Report on sanitation, dispensaries, and jails in Rajputana for 1919, and on vaccination for the year 1919-1920 - 1919-1920
Year: 1919
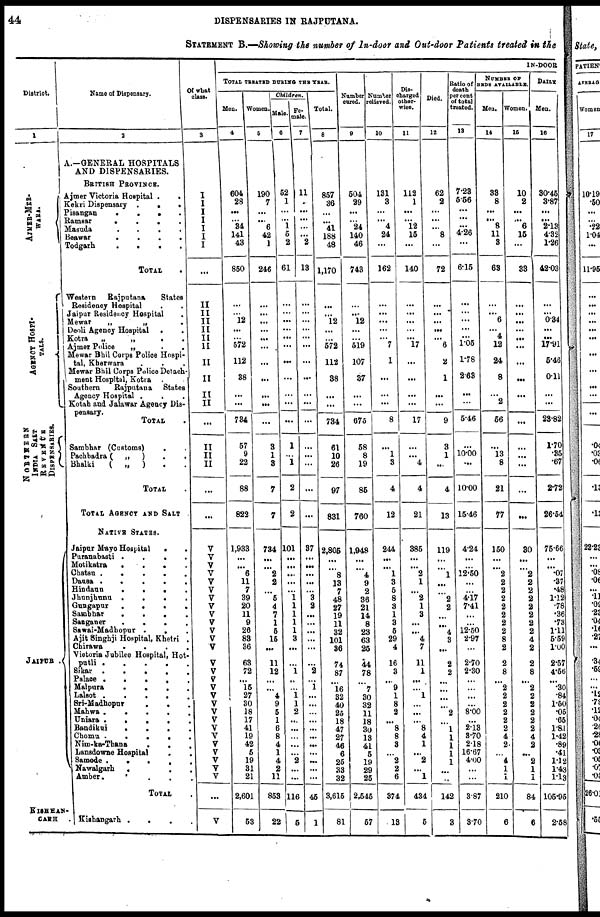
44
DISPENSARIES IN RAJPUTANA.
STATEMENT B.—Showing the number of In-door and Out-door Patients treated in the
District.
1
AJMER-MER-
WARA.
AGENCY HOSPI-
----.
NORTNERN
INDIA SALT
REVENUE
DISPENSARIES.
JAIPUR .
KISHAN-
GARH.
Name of Dispensary.
2
A.—GENERAL HOSPITALS
AND DISPENSARIES.
BRITISH PROVINCE.
Ajmer Victoria Hospital
.
.
Kekri Dispensary
.
.
.
.
Pisangan
.
.
.
.
Ramsar
.
.
.
.
Masuda . . . .
Beawar
.
.
.
.
Todgarh . . . .
TOTAL .
Western
Rajputana
States
Resideney Hospital . .
Jaipur Residency Hospital .
Mewar
„
„
.
Deoli Agency Hospital . .
Kotra
„
„
.
.
Ajmer Police
„ . .
Mewar Bhil Corps Police Hospi-
tal, Kherwara . . .
Mewar Bhil Corps Police Detach-
ment Hospital, Kotra .
Southern
Rajputana
States
Agency Hospital . . .
Kotah and Jalawar Agency Dis-
pensary.
TOTAL .
Sambhar (Customs) . .
Pachbadra (
„
)
.
.
Bhalki
( „
) . .
TOTAL .
TOTAL AGENCY AND SALT
NATIVE STATES.
Jaipur Mayo Hospital
.
.
Puranabasti
.
.
.
.
Motikatra
.
.
.
.
Chatsu
.
.
.
.
Dausa
.
.
.
.
Hindaun
.
.
.
.
Jhanjhunu
.
.
.
Gungapur
.
.
.
.
Sambhar
.
.
.
.
Sanganer
.
.
.
Sawai-Madbopur . . .
Ajit Singhji Hospital, Khetri .
Chirawa
.
.
.
.
Victoria Jubilee Hospital, Hot-
putli
.
.
.
.
.
Sikar
.
.
.
.
Palace
.
.
.
.
Malpura
.
.
.
Lalsot
.
.
.
.
Sri-Madhopur
.
.
.
Mahwa
.
.
.
.
Uniara
.
.
.
.
.
Bandikui
.
.
.
.
Chomu
.
.
.
.
Nim-ka-Thana . . .
Lansdowne Hospital . .
Samode
.
.
.
.
Nawalgarh . . .
Amber . . .
TOTAL .
Kishangarh
.
.
.
.
Of what
class.
3
I
I
I
I
I
I
I
...
II
II
II
II
II
II
II
II
II
II
...
II
II
II
...
...
V
V
V
V
V
V
V
V
V
V
V
V
V
V
V
V
V
V
V
V
V
V
V
V
V
V
V
V
...
V
IN-DOOR
TOTAL TREATED DURING THE YEAR.
Men.
4
604
28
...
...
34
141
43
850
...
...
12
...
...
572
112
38
...
...
734
57
9
22
88
822
1,933
...
...
6
11
7
39
20
11
9
26
83
36
63
72
...
15
27
30
18
17
41
19
42
5
19
31
21
2,601
53
Women.
5
190
7
...
... 6
42
1
246
...
...
...
...
...
...
...
...
...
...
...
3
1
3
7
7
734
...
...
2
2
...
5
4
7
1
5
15
...
11
12
...
...
4
9
5
1
6
8
4
1
4
2
11
853
22
Children.
Male.
6
52
1
...
... 1
5
2
61
...
...
...
...
...
...
...
...
...
...
...
1
...
1
2
2
101
...
...
...
...
...
1
1
1
1
1
3
...
...
1
...
...
1
1
2
...
...
...
...
...
2
...
...
116
5
Fe-
male.
7
11
...
...
...
...
...
2
13
...
...
...
...
...
...
...
...
...
...
...
...
...
...
...
...
37
...
...
...
...
...
3
2
...
...
...
...
...
...
2
...
1
...
...
...
...
...
...
...
...
...
...
...
45
1
Total.
8
857
36
...
...
41
188
48
1,170
...
...
12
...
...
572
112
38
...
...
734
61
10
26
97
831
2,805
...
...
8
13
7
48
27
19
11
32
101
36
74
87
...
16
32
40
25
18
47
27
46
6
25
33
32
3,615
81
Number
cured.
9
504
29
...
... 24
140
46
743
...
...
12
...
...
519
107
37
...
...
675
58
8
19
85
760
1,948
...
...
4
9
2
36
21
14
8
23
63
25
44
78
...
7
30
32
11
18
30
13
41
5
19
29
25
2,546
57
Number
relieved
10
131
3
...
... 4
24
...
162
...
...
...
...
...
7
1
...
...
...
8
...
1
3
4
12
244
...
...
1
3
5
8
3
1
3
5
29
4
16
3
...
9
1
8
2
...
8
8
3
...
2
2
6
374
13
Dis-
charged
other-
wise.
11
112
1
...
...
12
15
...
140
...
...
...
...
...
17
...
...
...
...
17
...
...
4
4
21
385
...
...
2
1
...
2
1
3
...
...
4
7
11
1
...
...
1
...
...
...
8
4
1
...
2
...
1
434
5
Died.
12
62
2
...
...
...
8
...
72
...
...
...
...
...
6
2
1
...
...
9
3
1
...
4
13
119
...
...
1
...
...
2
2
...
...
4
3
...
2
2
...
...
...
...
2
...
1
1
1
1
1
...
..
142
3
Ratio of
death
per cent
of total
treated.
13
7.23
5.56
...
...
...
4.26
...
6.15
...
...
...
...
...
1.05
1.78
2.63
...
...
5.46
...
10.00
...
10.00
15.46
4.24
...
...
12.50
...
...
4.17
7.41
...
...
12.50
2.97
...
2.70
2.30
...
...
...
...
8.00
...
2.13
3.70
2.18
16.67
4.00
...
...
3.87
3.70
NUMBER OF
BEDS AVAILABLE.
Men.
14
38
8
...
... 8
11
3
63
...
...
6
...
4
12
24
8
...
2
56
...
13
8
21
77
150
...
...
2
2
2
2
2
2
2
2
8
2
2
8
...
2
2
2
2
2
2
4
2
...
4
1
1
210
6
Women.
15
10
2
...
... 6
15
...
33
...
...
...
...
...
...
...
...
...
...
...
...
...
...
...
...
30
...
...
2
2
2
2
2
2
2
2
4
2
2
8
...
2
2
2
2
2
2
4
2
...
2
1
1
84
6
DAILY
Men.
16
30.45
3.87
...
... 2.13
4.32
1.26
42.03
...
...
0.34
...
...
17.91
5.46
0.11
...
...
23.82
1.70
.35
.67
2.72
26.54
75.66
...
...
.07
.37
.48
1.12
.78
.36
.73
1.11
5.59
1.00
2.57
4.56
...
.30
.84
1.50
.05
.65
1.81
1.42
.89
.41
1.12
1.43
1.13
105.95
2.58